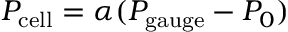
P _ { \mathrm { c e l l } } = \alpha ( P _ { \mathrm { g a u g e } } - P _ { 0 } )